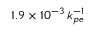
1 . 9 \times 1 0 ^ { - 3 } \, k _ { p e } ^ { - 1 }